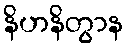
နိဟနိတွာန